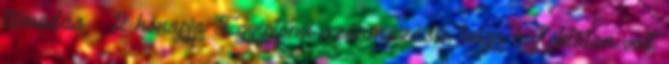
támadás 2 hónapja Egyiptomi származású, belga hajléktalan volt